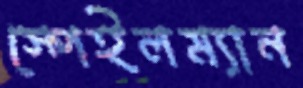
স্পেইলম্যান